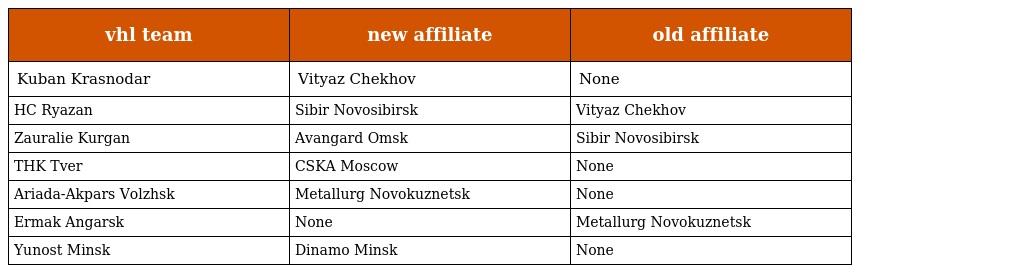
| vhl team | new affiliate | old affiliate |
 | --- | --- | --- |
 | Kuban Krasnodar | Vityaz Chekhov | None |
 | HC Ryazan | Sibir Novosibirsk | Vityaz Chekhov |
 | Zauralie Kurgan | Avangard Omsk | Sibir Novosibirsk |
 | THK Tver | CSKA Moscow | None |
 | Ariada-Akpars Volzhsk | Metallurg Novokuznetsk | None |
 | Ermak Angarsk | None | Metallurg Novokuznetsk |
 | Yunost Minsk | Dinamo Minsk | None |